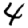
Digit: 4